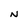
Character: N